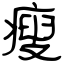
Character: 瘦